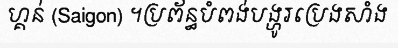
ហ្គន់ (Saigon) ។ប្រព័ន្ធបំពង់បង្ហូរប្រេងសាំង